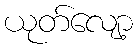
ယုတ်လျော့